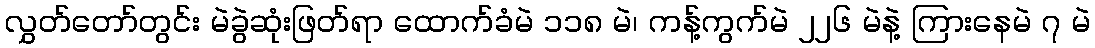
လွှတ်တော်တွင်း မဲခွဲဆုံးဖြတ်ရာ ထောက်ခံမဲ ၁၁၈ မဲ၊ ကန့်ကွက်မဲ ၂၂၆ မဲနဲ့ ကြားနေမဲ ၇ မဲ